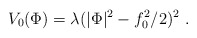
\begin{align*}V_0(\Phi)=\lambda(|\Phi|^2-f_0^2/2)^2 \ .\end{align*}